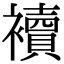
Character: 襩